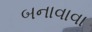
બનાવાવા